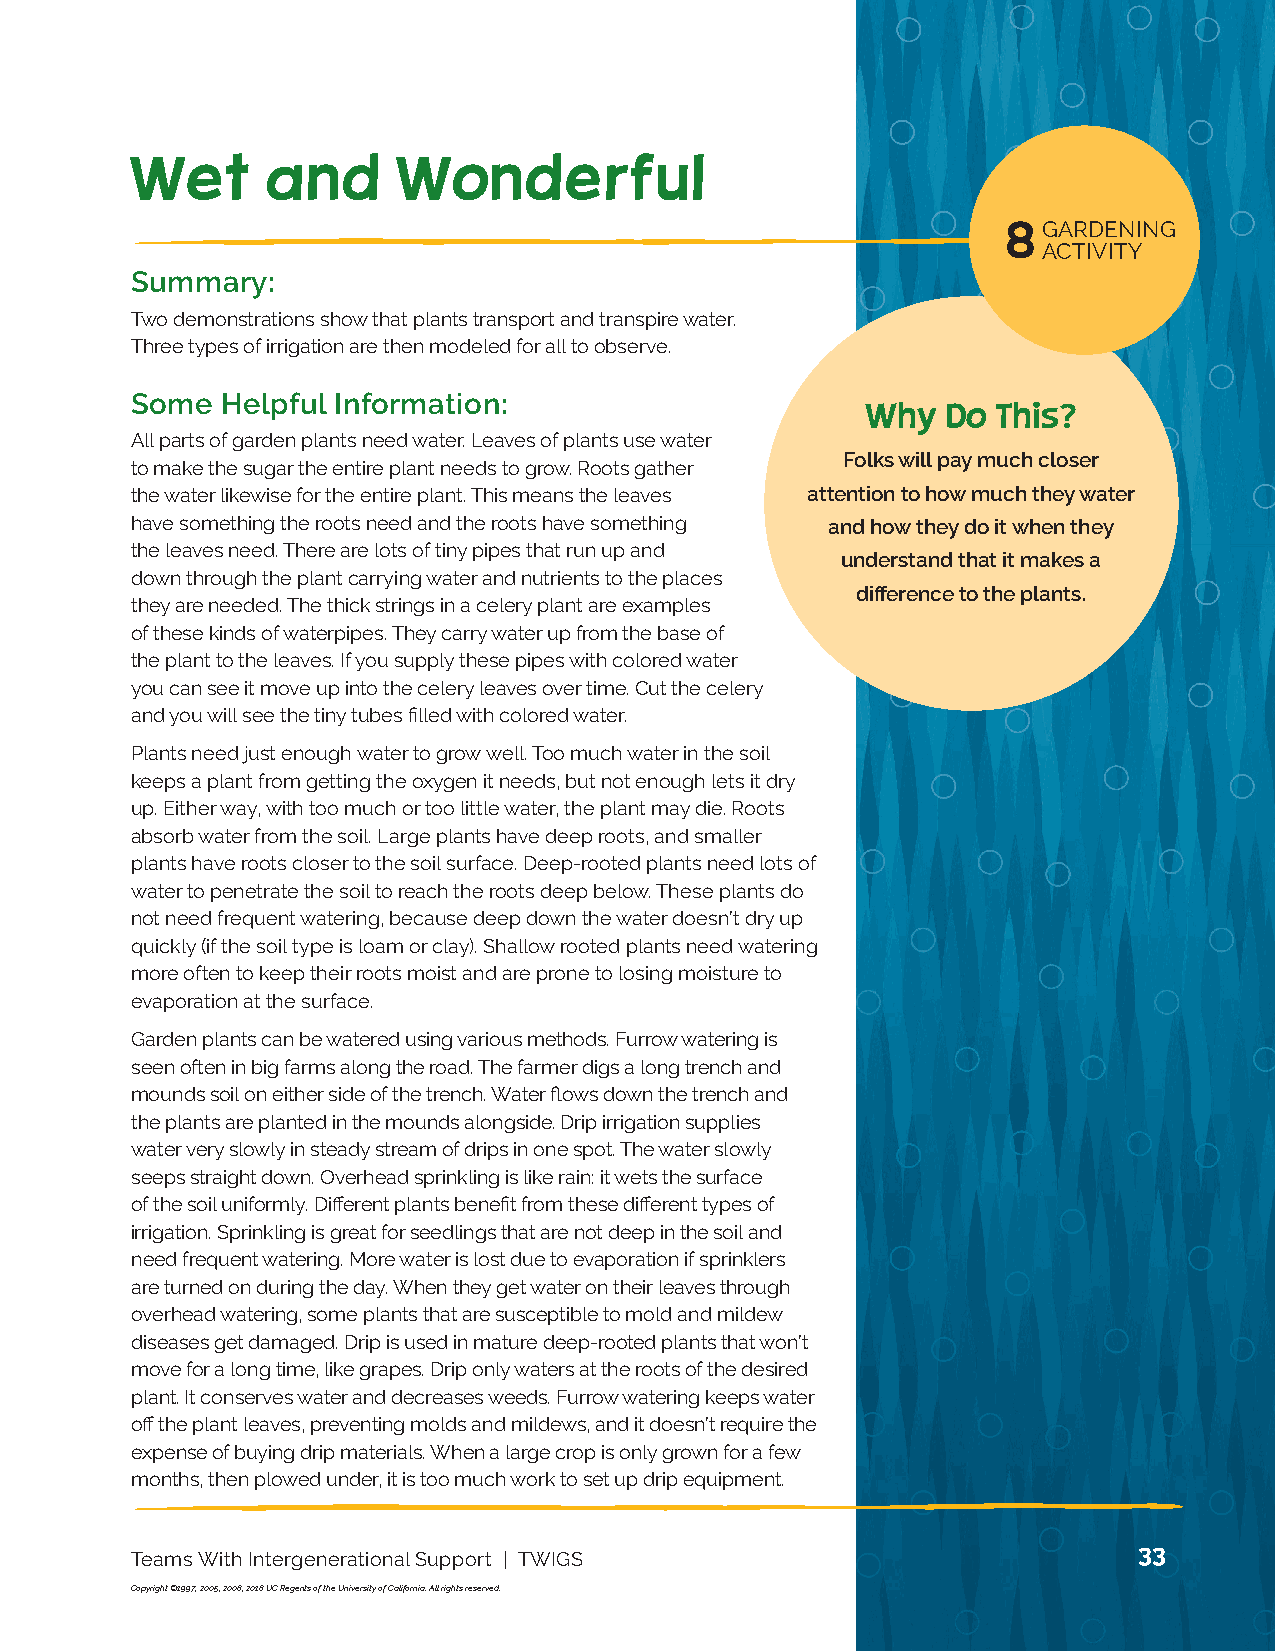
NUTRITION 13
 ACTIVITY
 Wet      and     Wonderful
 8 GARDENING
 ACTIVITY
 Summary:
 Two demonstrations show that plants transport and transpire water.
 Three types of irrigation are then modeled for all to observe.
 Some  Helpful Information:
 Why   Do This?
 All parts of garden plants need water. Leaves of plants use water
 Folks will pay much closer
 to make the sugar the entire plant needs to grow. Roots gather
 the water likewise for the entire plant. This means the leaves attention to how much they water
 have something the roots need and the roots have something and how they do it when they
 the leaves need. There are lots of tiny pipes that run up and
 understand that it makes a
 down through the plant carrying water and nutrients to the places
 difference to the plants.
 they are needed. The thick strings in a celery plant are examples
 of these kinds of waterpipes. They carry water up from the base of
 the plant to the leaves. If you supply these pipes with colored water
 you can see it move up into the celery leaves over time. Cut the celery
 and you will see the tiny tubes filled with colored water.
 Plants need just enough water to grow well. Too much water in the soil
 keeps a plant from getting the oxygen it needs, but not enough lets it dry
 up. Either way, with too much or too little water, the plant may die. Roots
 absorb water from the soil. Large plants have deep roots, and smaller
 plants have roots closer to the soil surface. Deep-rooted plants need lots of
 water to penetrate the soil to reach the roots deep below. These plants do
 not need frequent watering, because deep down the water doesn’t dry up
 quickly (if the soil type is loam or clay). Shallow rooted plants need watering
 more often to keep their roots moist and are prone to losing moisture to
 evaporation at the surface.
 Garden plants can be watered using various methods. Furrow watering is
 seen often in big farms along the road. The farmer digs a long trench and
 mounds soil on either side of the trench. Water flows down the trench and
 the plants are planted in the mounds alongside. Drip irrigation supplies
 water very slowly in steady stream of drips in one spot. The water slowly
 seeps straight down. Overhead sprinkling is like rain: it wets the surface
 of the soil uniformly. Different plants benefit from these different types of
 irrigation. Sprinkling is great for seedlings that are not deep in the soil and
 need frequent watering. More water is lost due to evaporation if sprinklers
 are turned on during the day. When they get water on their leaves through
 overhead watering, some plants that are susceptible to mold and mildew
 diseases get damaged. Drip is used in mature deep-rooted plants that won’t
 move for a long time, like grapes. Drip only waters at the roots of the desired
 plant. It conserves water and decreases weeds. Furrow watering keeps water
 off the plant leaves, preventing molds and mildews, and it doesn’t require the
 expense of buying drip materials. When a large crop is only grown for a few
 months, then plowed under, it is too much work to set up drip equipment.
 33
 Teams With Intergenerational Support | TWIGS
 Copyright ©1997, 2005, 2008, 2018 UC Regents of the University of California. All rights reserved.